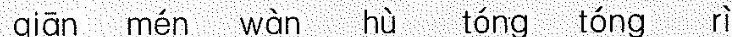
qián mén wàn hù tóng tóng rì